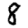
Digit: 8